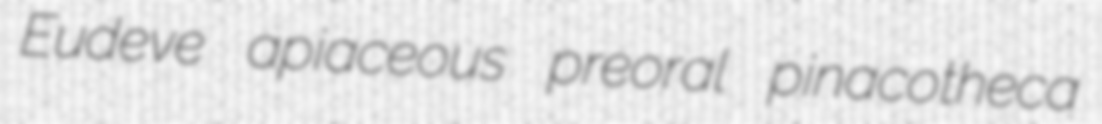
Eudeve apiaceous preoral pinacotheca